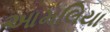
આમલિયા